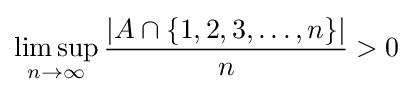
\limsup _{n\to \infty }{\frac {|A\cap \{1,2,3,\dotsc ,n\}|}{n}}>0